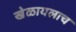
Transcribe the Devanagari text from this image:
खेळायलाच